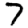
Digit: 7